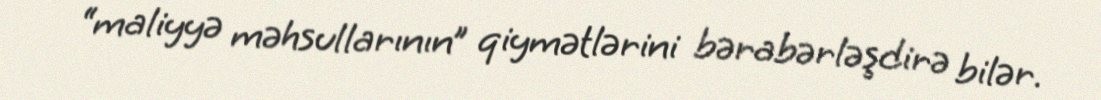
“maliyyə məhsullarının” qiymətlərini bərabərləşdirə bilər.